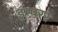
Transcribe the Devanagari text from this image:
इम्परर